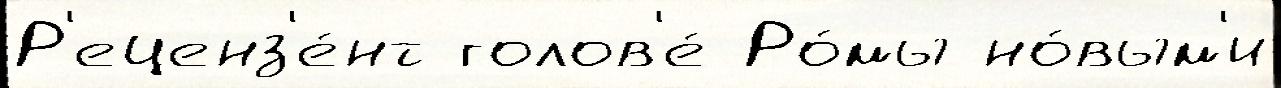
Р'еценз'е́нт голов'е́ Ро́мы но́вым'и